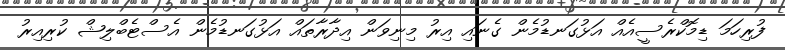
ފުރިހަމަ ޑިމޮކްރެސީއެއް އަޅުގަނޑުމެން ގެނައި އިރު މިނިވަން އިދާރާތައް އަޅުގަނޑުމެން އެސްޓެބްލިޝް ކުރިއިރު